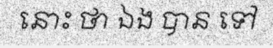
នោះ ថា ឯង បាន ទៅ